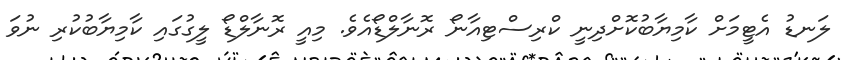
ލަނޑު އެޓީމަށް ކާމިޔާބުކޮށްދިނީ ކްރިސްޓިއާނޯ ރޮނާލްޑޯއެވެ. މިއީ ރޮނާލްޑޯ ލީގުގައި ކާމިޔާބުކުރި ނުވަ